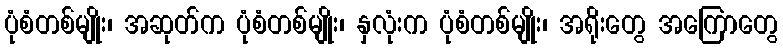
ပုံစံတစ်မျိုး၊ အဆုတ်က ပုံစံတစ်မျိုး၊ နှလုံးက ပုံစံတစ်မျိုး၊ အရိုးတွေ အကြောတွေ